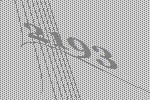
2193